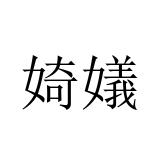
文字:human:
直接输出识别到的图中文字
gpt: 婍嬟